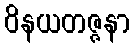
ဝိနယတဇ္ဇနာ